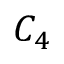
C _ { 4 }